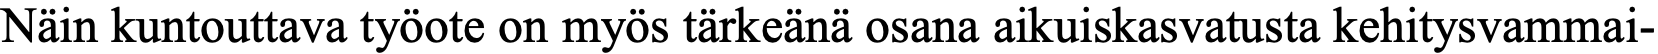
Näin kuntouttava työote on myös tärkeänä osana aikuiskasvatusta kehitysvammai-